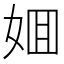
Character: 𡜼